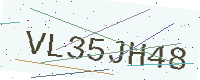
Text: VL35JH48